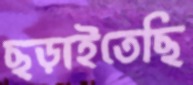
ছড়াইতেছি